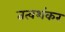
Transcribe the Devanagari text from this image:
तत्वशंकर